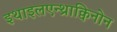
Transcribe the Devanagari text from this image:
इथाइलएन्थ्राक्विनोन